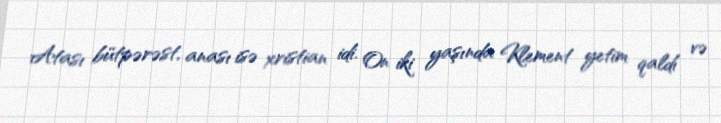
Atası bütpərəst, anası isə xristian idi. On iki yaşında Klement yetim qaldı və